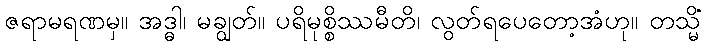
ဇရာမရဏမှ။ အဒ္ဓါ၊ မချွတ်။ ပရိမုစ္စိဿမီတိ၊ လွတ်ရပေတော့အံဟု။ တသ္မိံ